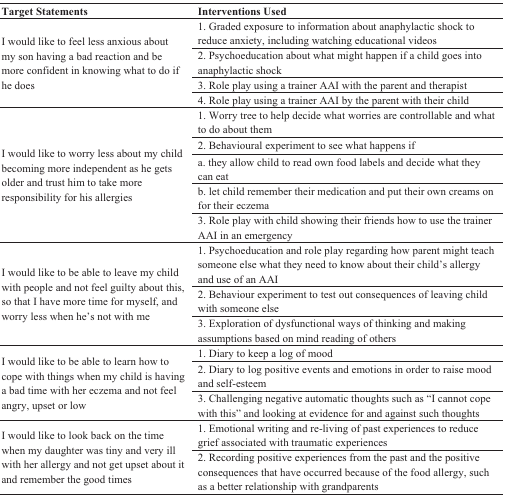
| Target Statements | Interventions Used |
 | --- | --- |
 | <ROWSPAN=4> I would like to feel less anxious about my son having a bad reaction and be more confident in knowing what to do if he does | 1. Graded exposure to information about anaphylactic shock to reduce anxiety, including watching educational videos |
 | 2. Psychoeducation about what might happen if a child goes into anaphylactic shock |
 | 3. Role play using a trainer AAI with the parent and therapist |
 | 4. Role play using a trainer AAI by the parent with their child |
 | <ROWSPAN=5> I would like to worry less about my child becoming more independent as he gets older and trust him to take more responsibility for his allergies | 1. Worry tree to help decide what worries are controllable and what to do about them |
 | 2. Behavioural experiment to see what happens if |
 | a. they allow child to read own food labels and decide what they can eat |
 | b. let child remember their medication and put their own creams on for their eczema |
 | 3. Role play with child showing their friends how to use the trainer AAI in an emergency |
 | <ROWSPAN=3> I would like to be able to leave my child with people and not feel guilty about this, so that I have more time for myself, and worry less when he’s not with me | 1. Psychoeducation and role play regarding how parent might teach someone else what they need to know about their child’s allergy and use of an AAI |
 | 2. Behaviour experiment to test out consequences of leaving child with someone else |
 | 3. Exploration of dysfunctional ways of thinking and making assumptions based on mind reading of others |
 | <ROWSPAN=3> I would like to be able to learn how to cope with things when my child is having a bad time with her eczema and not feel angry, upset or low | 1. Diary to keep a log of mood |
 | 2. Diary to log positive events and emotions in order to raise mood and self-esteem |
 | 3. Challenging negative automatic thoughts such as “I cannot cope with this” and looking at evidence for and against such thoughts |
 | <ROWSPAN=2> I would like to look back on the time when my daughter was tiny and very ill with her allergy and not get upset about it and remember the good times | 1. Emotional writing and re-living of past experiences to reduce grief associated with traumatic experiences |
 | 2. Recording positive experiences from the past and the positive consequences that have occurred because of the food allergy, such as a better relationship with grandparents |